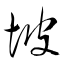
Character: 坡